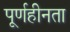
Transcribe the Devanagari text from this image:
पूर्णहीनता